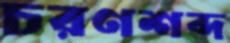
চরণশব্দ